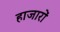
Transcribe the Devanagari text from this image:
हाजारों